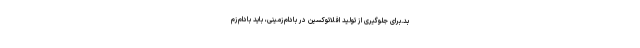
بد.برای جلوگیری از تولید افلاتوکسین در بادام‌زمینی، باید بادام‌زم